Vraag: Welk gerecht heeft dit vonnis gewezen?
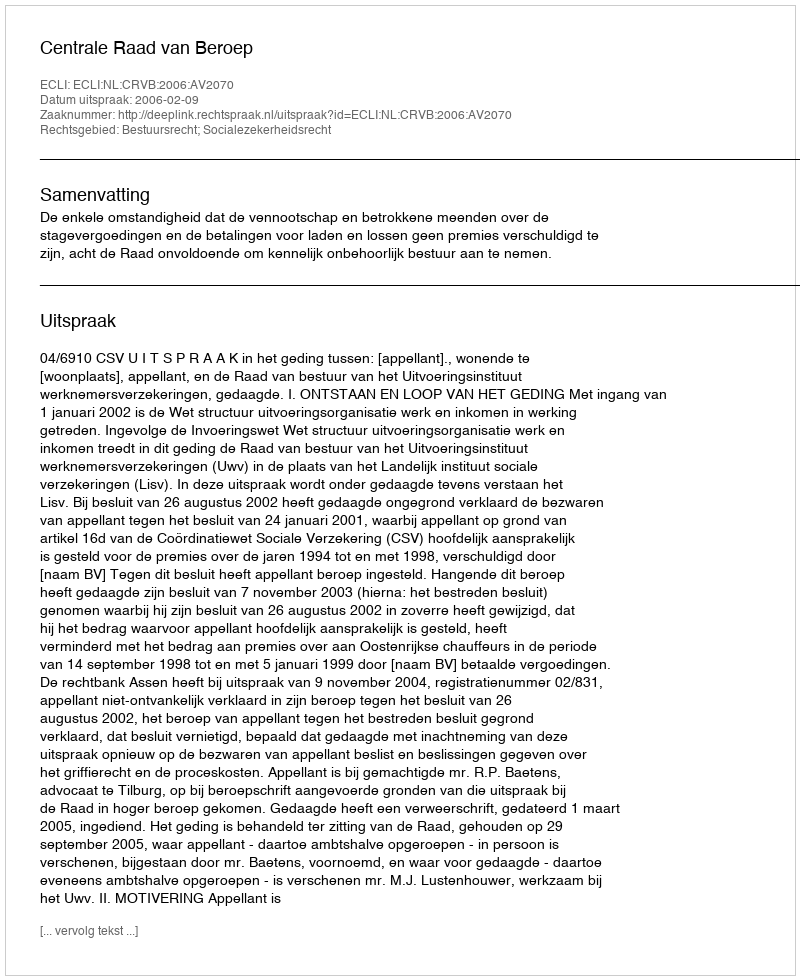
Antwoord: Centrale Raad van Beroep